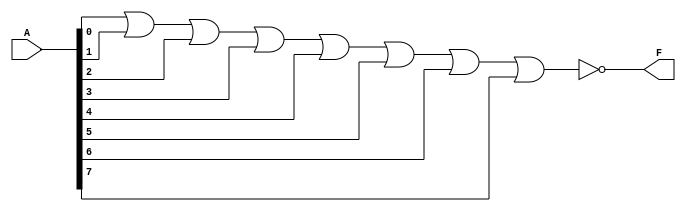
module Pepper_Noise_Detector (A,F);
  input [7:0]A;
  output F;
  wire W;

  assign W=A[0]|A[1]|A[2]|A[3]|A[4]|A[5]|A[6]|A[7];
  assign F=~W;
     
endmodule